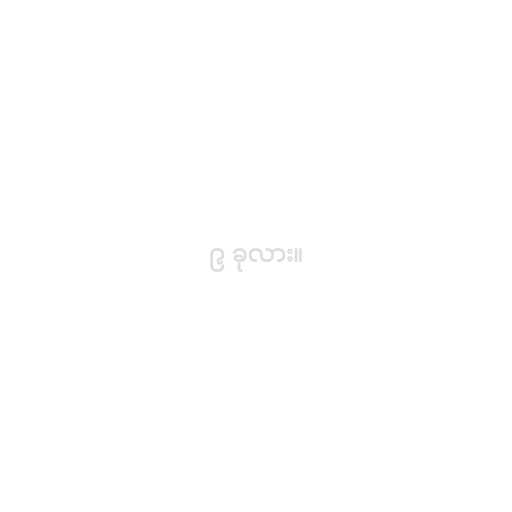
၉ ခုလား။